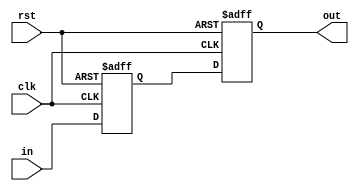
`timescale 1ns / 1ps
//////////////////////////////////////////////////////////////////////////////////
// Company: 
// Engineer: 
// 
// Design Name: 
// Module Name: synchronizer
// Project Name: 
// Target Devices: 
// Tool Versions: 
// Description: 
// 
// Dependencies: 
// 
// Revision:
// Revision 0.01 - File Created
// Additional Comments:
// 
//////////////////////////////////////////////////////////////////////////////////


module synchronizer(input clk, rst, in, output out);
reg q1,q2;
always@(posedge clk, posedge rst) begin
 if(rst == 1'b1) begin
 q1 <= 0;
 q2 <= 0;
 end
 else begin
 q1 <= in;
 q2 <= q1;
 end
end
assign out = q2;

endmodule